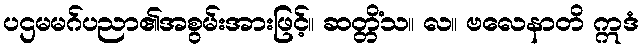
ပဌမမဂ်ပညာ၏အစွမ်းအားဖြင့်။ ဆတ္တိံသ။ လ။ ဗလေနာတိ ဣဒံ